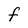
Character: f